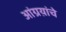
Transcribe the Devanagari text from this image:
आंग्रय़ांचे